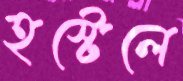
হস্টেলে